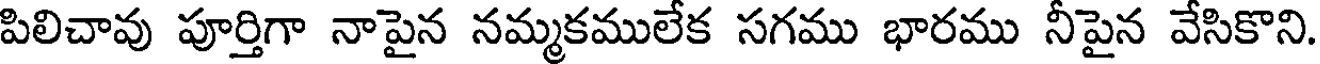
పిలిచావు పూర్తిగా నాపైన నమ్మకములేక సగము భారము నీపైన వేసికొని